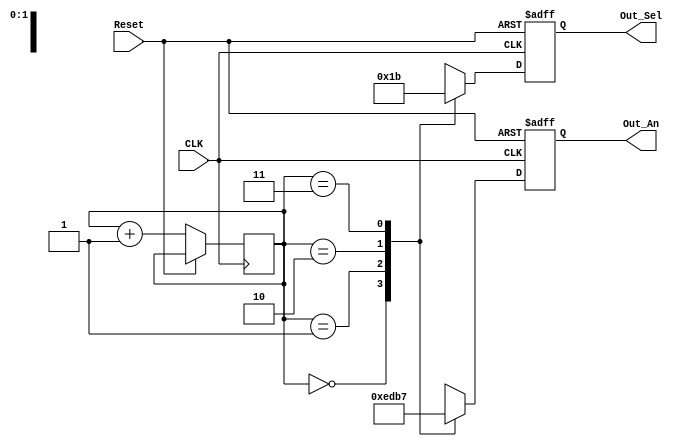
`timescale 1ns / 1ps
//////////////////////////////////////////////////////////////////////////////////
// Company: 
// Engineer: 
// 
// Design Name: 
// Module Name:    Contador_Disp 
// Project Name: 
// Target Devices: 
// Tool versions: 
// Description: 
//
// Dependencies: 
//
// Revision: 
// Revision 0.01 - File Created
// Additional Comments: 
//
//////////////////////////////////////////////////////////////////////////////////
module Contador_Disp(
    input Reset,
    input CLK,
    output reg [1:0] Out_Sel,
    output reg [3:0] Out_An
    );

reg [1:0] Cont;

always @(posedge CLK or posedge Reset)
begin
	if(Reset)
	begin
		Out_Sel <= 2'b00;
		Out_An <= 4'b1111;
	end
	
	else
	begin
		case (Cont)
		
			2'b00:begin
				Out_Sel <= 2'b00;
				Out_An <= 4'b1110;
				end
			
			2'b01:begin
				Out_Sel <= 2'b01;
				Out_An <= 4'b1101;
				end
			
			2'b10:begin
				Out_Sel <= 2'b10;
				Out_An <= 4'b1011;
				end
			
			2'b11:begin
				Out_Sel <= 2'b11;
				Out_An <= 4'b0111;
				end
		endcase
	Cont = Cont + 1'b1;
	end
end

endmodule